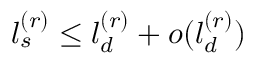
l _ { s } ^ { ( r ) } \le l _ { d } ^ { ( r ) } + o ( l _ { d } ^ { ( r ) } )